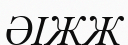
ӘІЖЖ